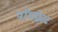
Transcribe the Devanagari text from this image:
पॉमफ्रेट